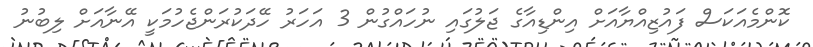
ކޮންމެއަކަސް ފައުޒިއްޔާއަށް އިންޑިއާގެ ޖަލުގައި ނުހައްގުން 3 އަހަރު ހޭދަކުރަންޖެހުމަކީ އޭނާއަށް ލިބުނު